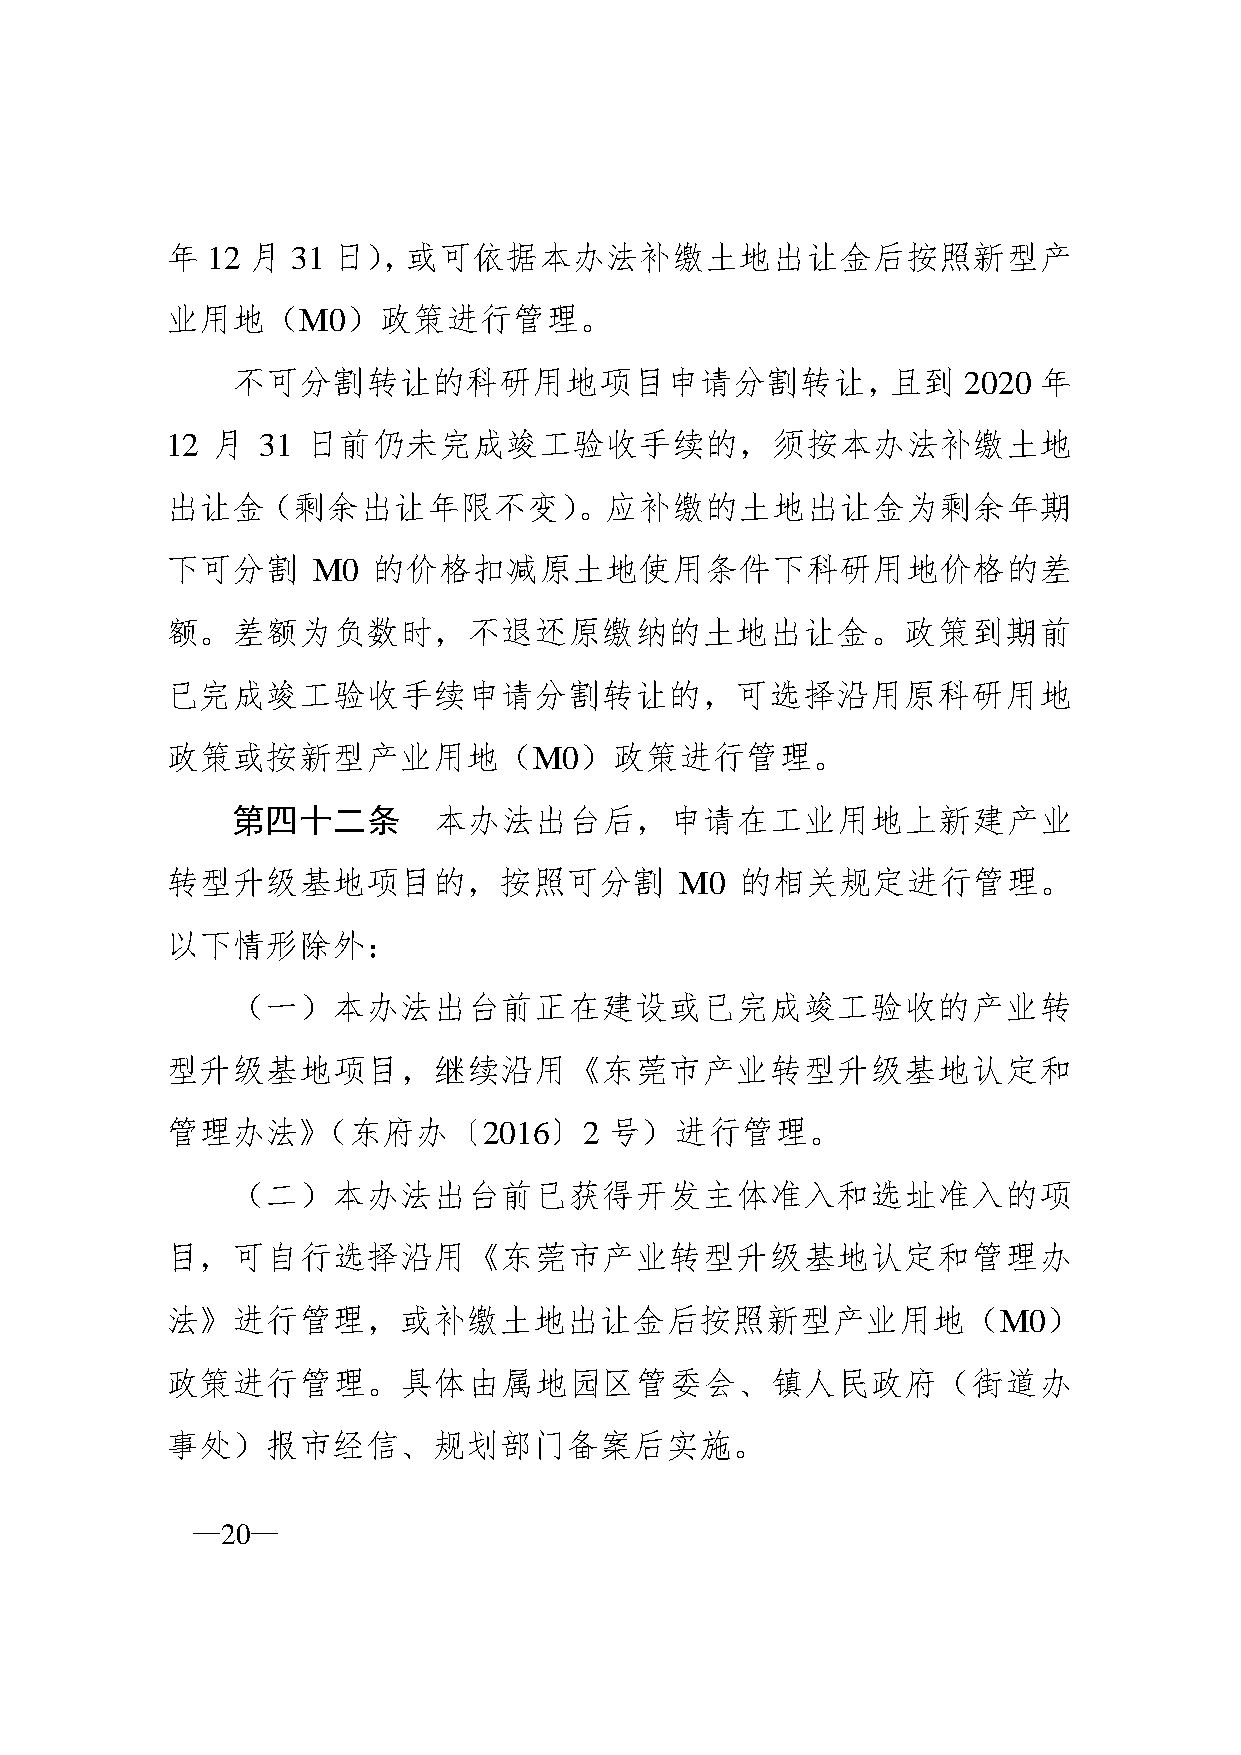
年  12 月 31 日），或可依据本办法补缴土地出让金后按照新型产
 业用地（M0）政策进行管理。
 不可分割转让的科研用地项目申请分割转让，且到                           2020 年
 12 月  31 日前仍未完成竣工验收手续的，须按本办法补缴土地
 出让金（剩余出让年限不变）。应补缴的土地出让金为剩余年期
 下可分割      M0  的价格扣减原土地使用条件下科研用地价格的差
 额。差额为负数时，不退还原缴纳的土地出让金。政策到期前
 已完成竣工验收手续申请分割转让的，可选择沿用原科研用地
 政策或按新型产业用地（M0）政策进行管理。
 第四十二条         本办法出台后，申请在工业用地上新建产业
 转型升级基地项目的，按照可分割                   M0  的相关规定进行管理。
 以下情形除外：
 （一）本办法出台前正在建设或已完成竣工验收的产业转
 型升级基地项目，继续沿用《东莞市产业转型升级基地认定和
 管理办法》（东府办〔2016〕2             号）进行管理。
 （二）本办法出台前已获得开发主体准入和选址准入的项
 目，可自行选择沿用《东莞市产业转型升级基地认定和管理办
 法》进行管理，或补缴土地出让金后按照新型产业用地（M0）
 政策进行管理。具体由属地园区管委会、镇人民政府（街道办
 事处）报市经信、规划部门备案后实施。
 —20—